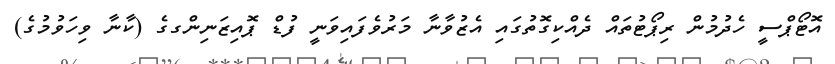
އޮޓޯޕްސީ ހެދުމުން ރިޕޯޓުތައް ދެއްކިގޮތުގައި އެޒުވާނާ މަރުވެފައިވަނީ ފުޑް ޕޮއިޒަނިންގގެ (ކާނާ ވިހަވުމުގެ)